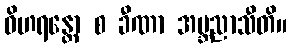
ဝိဟရန္တော စ ခီဏာ အဗ္ဘညာသီတိ။